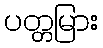
ပတ္တမြား